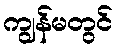
ကျွန်မတွင်